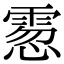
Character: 䨚